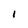
Character: I